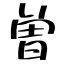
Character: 曽